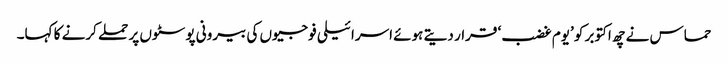
حماس نے چھ اکتوبر کو ’یوم غضب‘ قرار دیتے ہوئے اسرائیلی فوجیوں کی بیرونی پوسٹوں پر حملے کرنے کا کہا۔